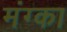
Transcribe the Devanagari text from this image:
मंग्का